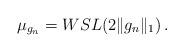
LaTeX: \begin{align*} \mu_{g_n}=WSL(2\|g_n\|_1)\,.\end{align*}